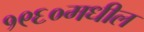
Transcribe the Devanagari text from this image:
१९६०मधील